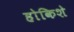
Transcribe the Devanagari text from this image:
होकिशे